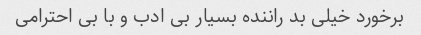
برخورد خیلی بد راننده بسیار بی ادب و با بی احترامی